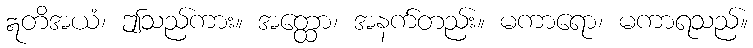
ဣတိအယံ၊ ဤသည်ကား။ အတ္ထော၊ အနက်တည်း။ မကာရော၊ မကာရသည်။